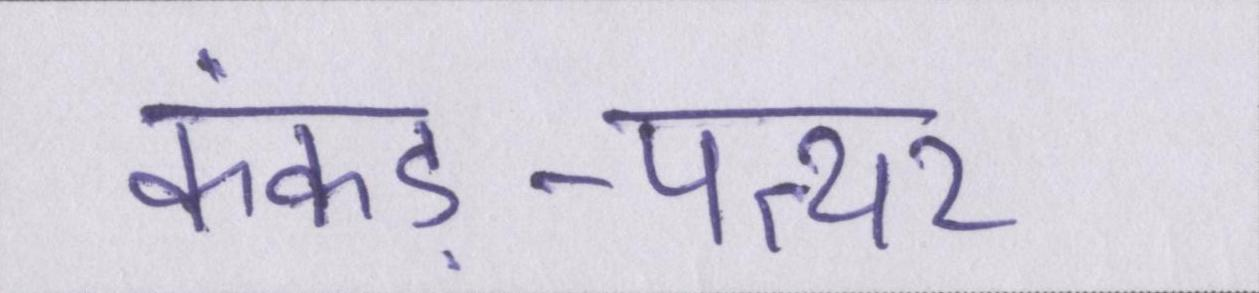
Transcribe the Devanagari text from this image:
कंकड़-पत्थर